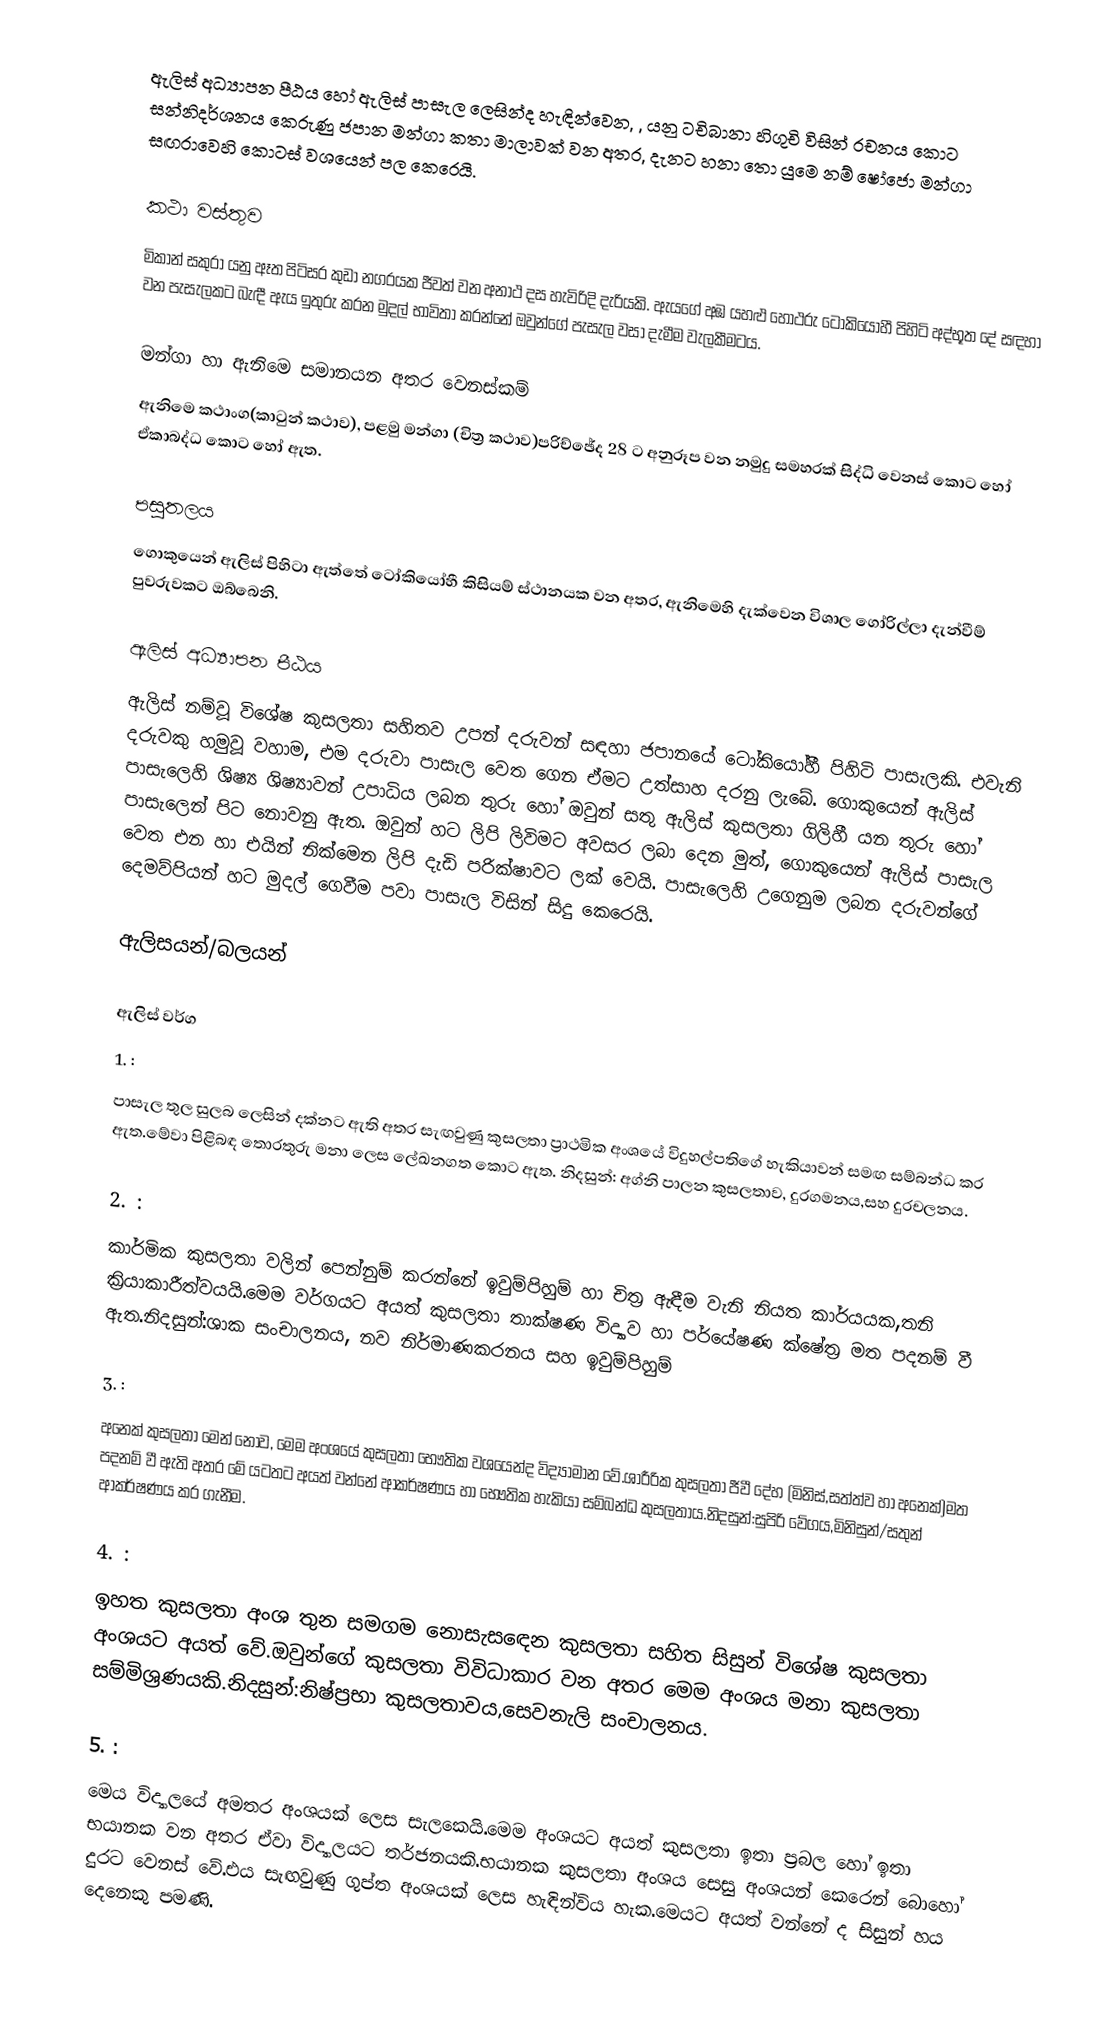
ඇලිස් අධ්‍යාපන පීඨය හෝ  ඇලිස් පාසැල ලෙසින්ද හැඳින්වෙන, , යනු  ටචිබානා හිගුචි විසින් රචනය කොට සන්නිදර්ශනය කෙරුණු ජපාන මන්ගා කතා මාලාවක් වන අතර, දැනට  හනා තො යුමෙ නම්  ෂෝජො මන්ගා සඟරාවෙහි කොටස් වශයෙන් පල කෙරෙයි.

කථා වස්තුව
මිකාන් සකුරා යනු ඈත පිටිසර කුඩා නගරයක ජීවත් වන අනාථ දස හැවිරිදි දැරියකි.  ඇයගේ අඹ යහළු හොථරු ටෝකියෝහී පිහිටි අද්භූත දේ සඳහා වන පැසැලකට බැඳී ඇය ඉතුරු  කරන මුදල් භාවිතා කරන්නේ ඔවුන්ගේ පැසැල වසා දැමීම වැලකීමටය.

මන්ගා හා ඇනිමෙ සමානයන අතර වෙනස්කම්
ඇනිමෙ කථාංග(කාටුන් කථාව), පළමු මන්ගා (චිත්‍ර කථාව)පරිච්ඡේද 28 ට අනුරූප වන නමුදු සමහරක් සිද්ධි වෙනස් කොට හෝ ඒකාබද්ධ කොට හෝ ඇත.

පසුතලය
ගොකුයෙන් ඇලිස් පිහිටා ඇත්තේ ටෝකියෝහී කිසියම් ස්ථානයක වන අතර, ඇනිමෙහි දැක්වෙන විශාල ගෝරිල්ලා දැන්වීම් පුවරුවකට ඔබ්බෙනි.

ඇලිස් අධ්‍යාපන පීඨය
ඇලිස් නම්වූ විශේෂ කුසලතා සහිතව උපන් දරුවන් සඳහා ජපානයේ ටෝකියෝහී පිහිටි පාසැලකි. එවැනි දරුවකු හමුවූ වහාම, එම දරුවා පාසැල වෙත ගෙන ඒමට උත්සාහ දරනු ලැබේ. ගොකුයෙන් ඇලිස් පාසැලෙහි ශිෂ්‍ය ශිෂ්‍යාවන් උපාධිය ලබන තුරු හෝ ඔවුන් සතු ඇලිස් කුසලතා ගිලිහී යන තුරු හෝ පාසැලෙන් පිට නොවනු ඇත. ඔවුන් හට ලිපි ලිවිමට අවසර ලබා දෙන මුත්, ගොකුයෙන් ඇලිස් පාසැල වෙත එන හා එයින් නික්මෙන ලිපි දැඩි පරික්ෂාවට ලක් වෙයි. පාසැලෙහි උගෙනුම ලබන දරුවන්ගේ දෙමව්පියන් හට මුදල් ගෙවීම පවා පාසැල විසින් සිදු කෙරෙයි.

ඇලිසයන්/බලයන්

ඇලිස් වර්ග
1. :
පාසැල තුල සුලබ ලෙසින් දක්නට ඇති අතර සැඟවුණු කුසලතා ප්‍රාථමික අංශයේ විදුහල්පතිගේ හැකියාවන් සමඟ     සම්බන්ධ කර ඇත.මේවා පිළිබඳ තොරතුරු මනා ලෙස ලේඛනගත කොට ඇත. නිදසුන්: අග්නි පාලන කුසලතාව, දුරගමනය,සහ දුරචලනය.

2. :
කාර්මික කුසලතා වලින් පෙන්නුම් කරන්නේ ඉවුම්පිහුම් හා චිත්‍ර ඇඳීම වැනි නියත කාර්යයක,තනි ක්‍රියාකාරීත්වයයි.මෙම වර්ගයට අයත් කුසලතා තාක්ෂණ විද්‍යාව හා පර්යේෂණ ක්ෂේත්‍ර මත පදනම් වී ඇත.නිදසුන්:ශාක සංචාලනය, නව නිර්මාණකරනය සහ ඉවුම්පිහුම්

3. :
අනෙක් කුසලතා මෙන් නොව, මෙම අංශයේ කුසලතා භෞතික වශයෙන්ද විද්‍යාමාන වේ.ශාරීරික කුසලතා ජීවී දේහ (මිනිස්,සත්ත්ව හා අනෙක්)මත පදනම් වී ඇති අතර මේ යටතට අයත් වන්නේ ආකර්ෂණය හා භෞතික හැකියා සම්බන්ධ කුසලතාය.නිදසුන්:සුපිරි වේගය,මිනිසුන්/සතුන් ආකර්ෂණය කර ගැනීම.

4. :
ඉහත කුසලතා අංශ තුන සමගම නොසැසඳෙන කුසලතා සහිත සිසුන් විශේෂ කුසලතා අංශයට අයත් වේ.ඔවුන්ගේ කුසලතා විවිධාකාර වන අතර මෙම අංශය මනා කුසලතා සම්මිශ්‍රණයකි.නිදසුන්:නිෂ්ප්‍රභා කුසලතාවය,සෙවනැලි සංචාලනය.

5. :
මෙය විද්‍යාලයේ අමතර අංශයක් ලෙස සැලකෙයි.මෙම අංශයට අයත් කුසලතා ඉතා ප්‍රබල හෝ ඉතා භයානක වන අතර ඒවා විද්‍යාලයට තර්ජනයකි.භයානක කුසලතා අංශය සෙසු අංශයන් කෙරෙන් බොහෝ දුරට වෙනස් වේ.එය සැඟවුණු ගුප්ත අංශයක් ලෙස හැඳින්විය හැක.මෙයට අයත් වන්නේ ද සිසුන් හය දෙනෙකු පමණි.